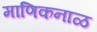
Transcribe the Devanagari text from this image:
माणिकनाळ